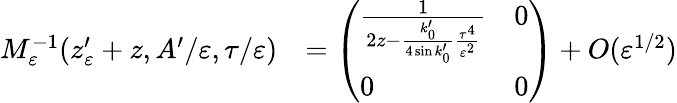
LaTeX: \begin{array}{rl}{M_{\varepsilon}^{-1}(z_{\varepsilon}^{\prime}+z,A^{\prime}/\varepsilon,\tau/\varepsilon)}&{=\left(\begin{array}{ll}{\frac{1}{2z-\frac{k_{0}^{\prime}}{4\sin k_{0}^{\prime}}\frac{\tau^{4}}{\varepsilon^{2}}}}&{0}\\ {0}&{0}\end{array}\right)+O(\varepsilon^{1/2})}\end{array}